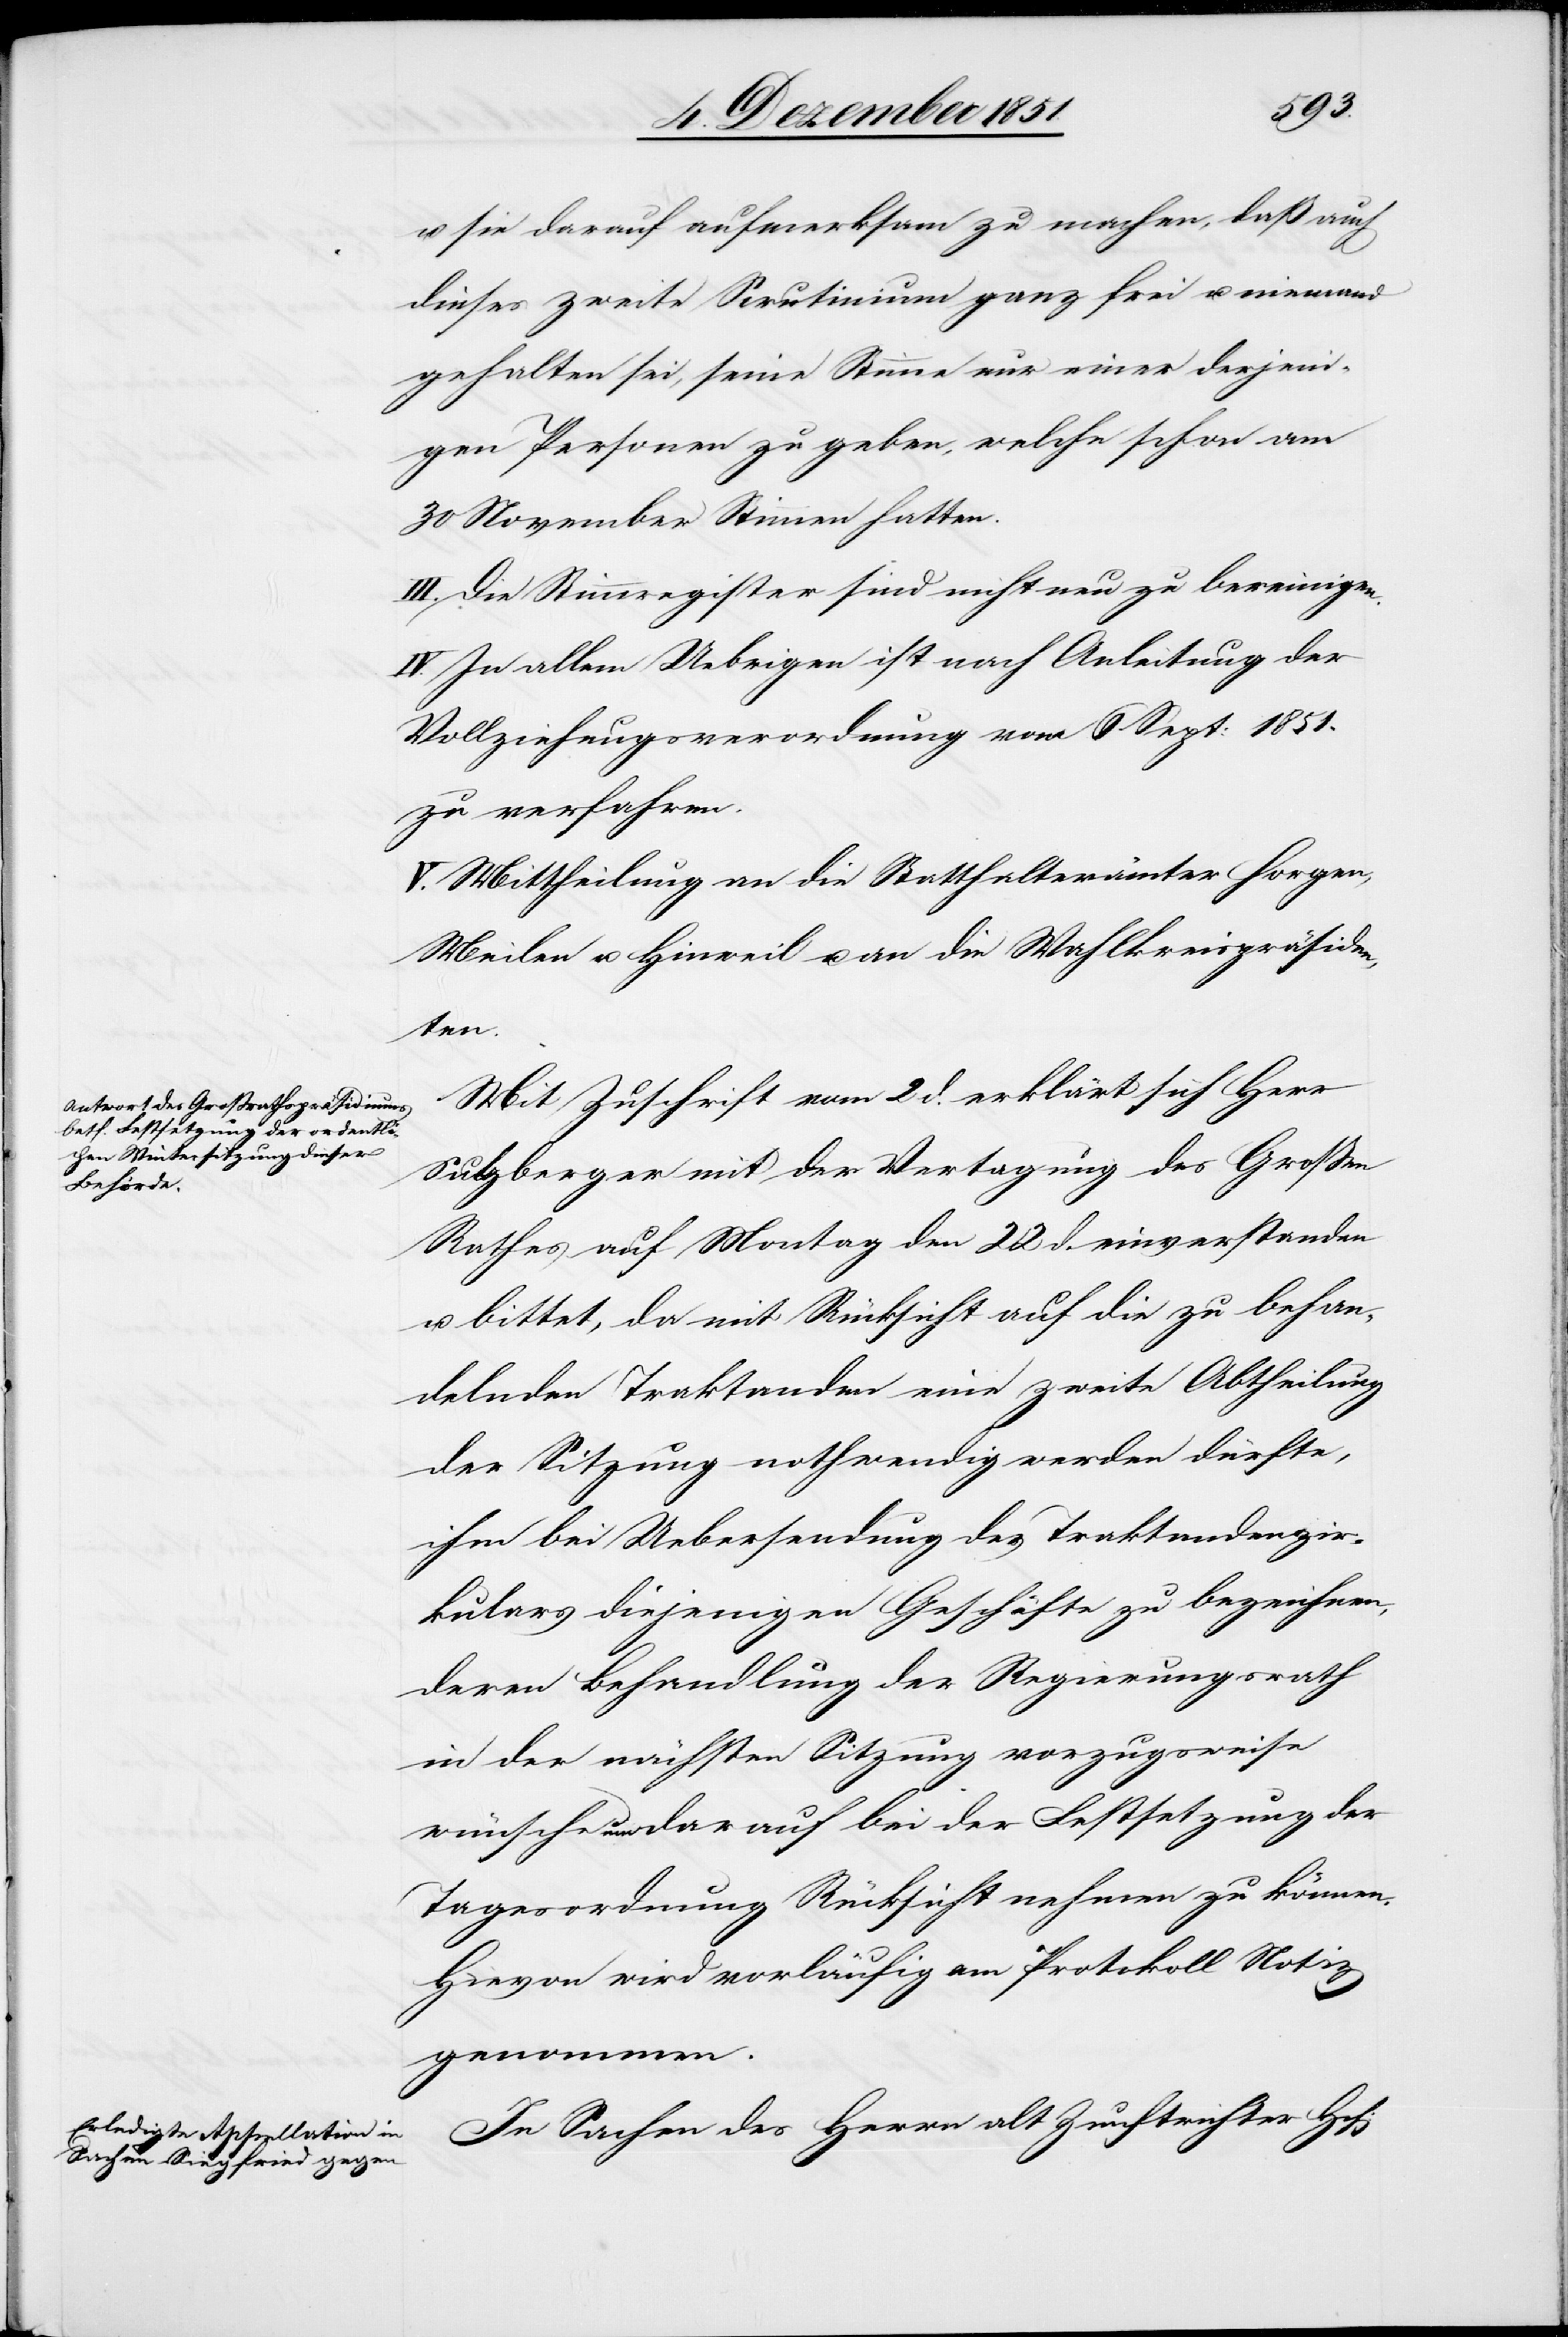
u. sie darauf aufmerksam zu machen, daß auch
dieses zweite Scrutinium ganz frei u. niemand
gehalten sei, seine Stimme nur einer derjeni¬
gen Personen zu geben, welche schon am
30 November Stimmen hatten.
III. Die Stimmregister sind nicht neu zu bereinigen.
IV. In allem Uebrigen ist nach Anleitung der
Vollziehungsverordnung vom 6 Sept: 1851.
zu verfahren.
V. Mittheilung an die Statthalterämter Horgen,
Meilen u. Hinweil u. an die Wahlkreispräsiden¬
ten.
Mit Zuschrift vom 2 d. erklärt sich Herr
Sulzberger mit der Vertagung des Großen
Rathes auf Montag den 22 d. einverstanden
u. bittet, da mit Rücksicht auf die zu behan¬
delnden Traktanden eine zweite Abtheilung
der Sitzung nothwendig werden dürfte,
ihm bei Uebersendung des Traktandenzir¬
kulars diejenigen Geschäfte zu bezeichnen,
deren Behandlung der Regierungsrath
in der nächsten Sitzung vorzugsweise
wünsche um darauf bei der Festsetzung der
Tagesordnung Rücksicht nehmen zu können.
Hievon wird vorläufig am Protokoll Notiz
genommen.
In Sachen des Herrn alt Zunftrichter [?Hch:]